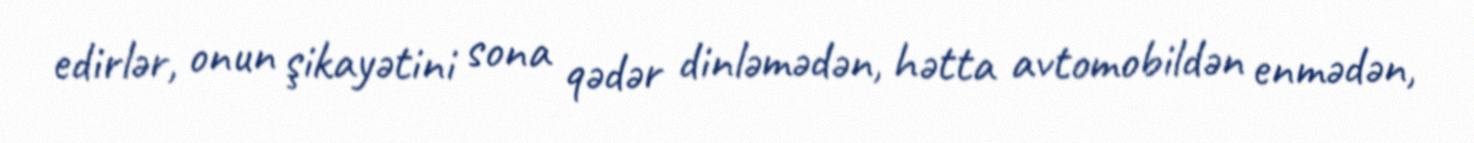
edirlər, onun şikayətini sona qədər dinləmədən, hətta avtomobildən enmədən,